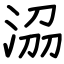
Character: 𣴀